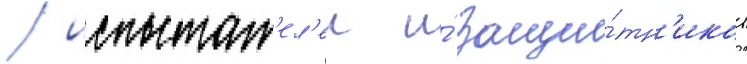
/ испытат'ел'еи и́ защи́тн'иков